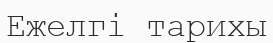
Ежелгі тарихы